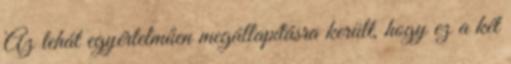
Az tehát egyértelműen megállapításra került, hogy ez a két